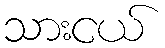
သားငယ်